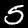
Label: 5